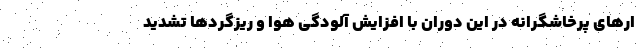
ار‌های پرخاشگرانه در این دوران با افزایش آلودگی هوا و ریزگرد‌ها تشدید